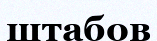
штабов